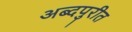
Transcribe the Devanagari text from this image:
अब्दपुरीत